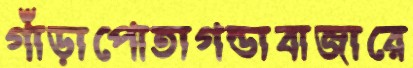
গাঁড়াপোতাগন্ডাবাজারে